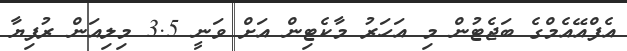
އެފްއޭއެމްގެ ބަޖެޓުން މި އަހަރު މާކެޓިން އަށް ވަނީ 3.5 މިލިއަން ރުފިޔާ